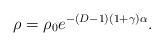
LaTeX: \begin{align*}\rho = \rho_0 e^{-(D-1)(1+\gamma) \alpha}.\end{align*}